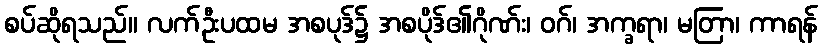
စပ်ဆိုရသည်။ လက်ဦးပထမ အစပုဒ်၌ အစပိုဒ်၏ဂိုဏ်း၊ ဝဂ်၊ အက္ခရာ၊ မတြာ၊ ကာရန်